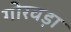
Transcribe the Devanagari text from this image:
गोरवड़ा